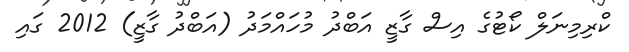
ކްރިމިނަލް ކޯޓުގެ އިސް ގާޒީ އަބްދު މުހައްމަދު (އަބްދު ގާޒީ) 2012 ގައި